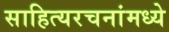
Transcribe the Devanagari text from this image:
साहित्यरचनांमध्ये